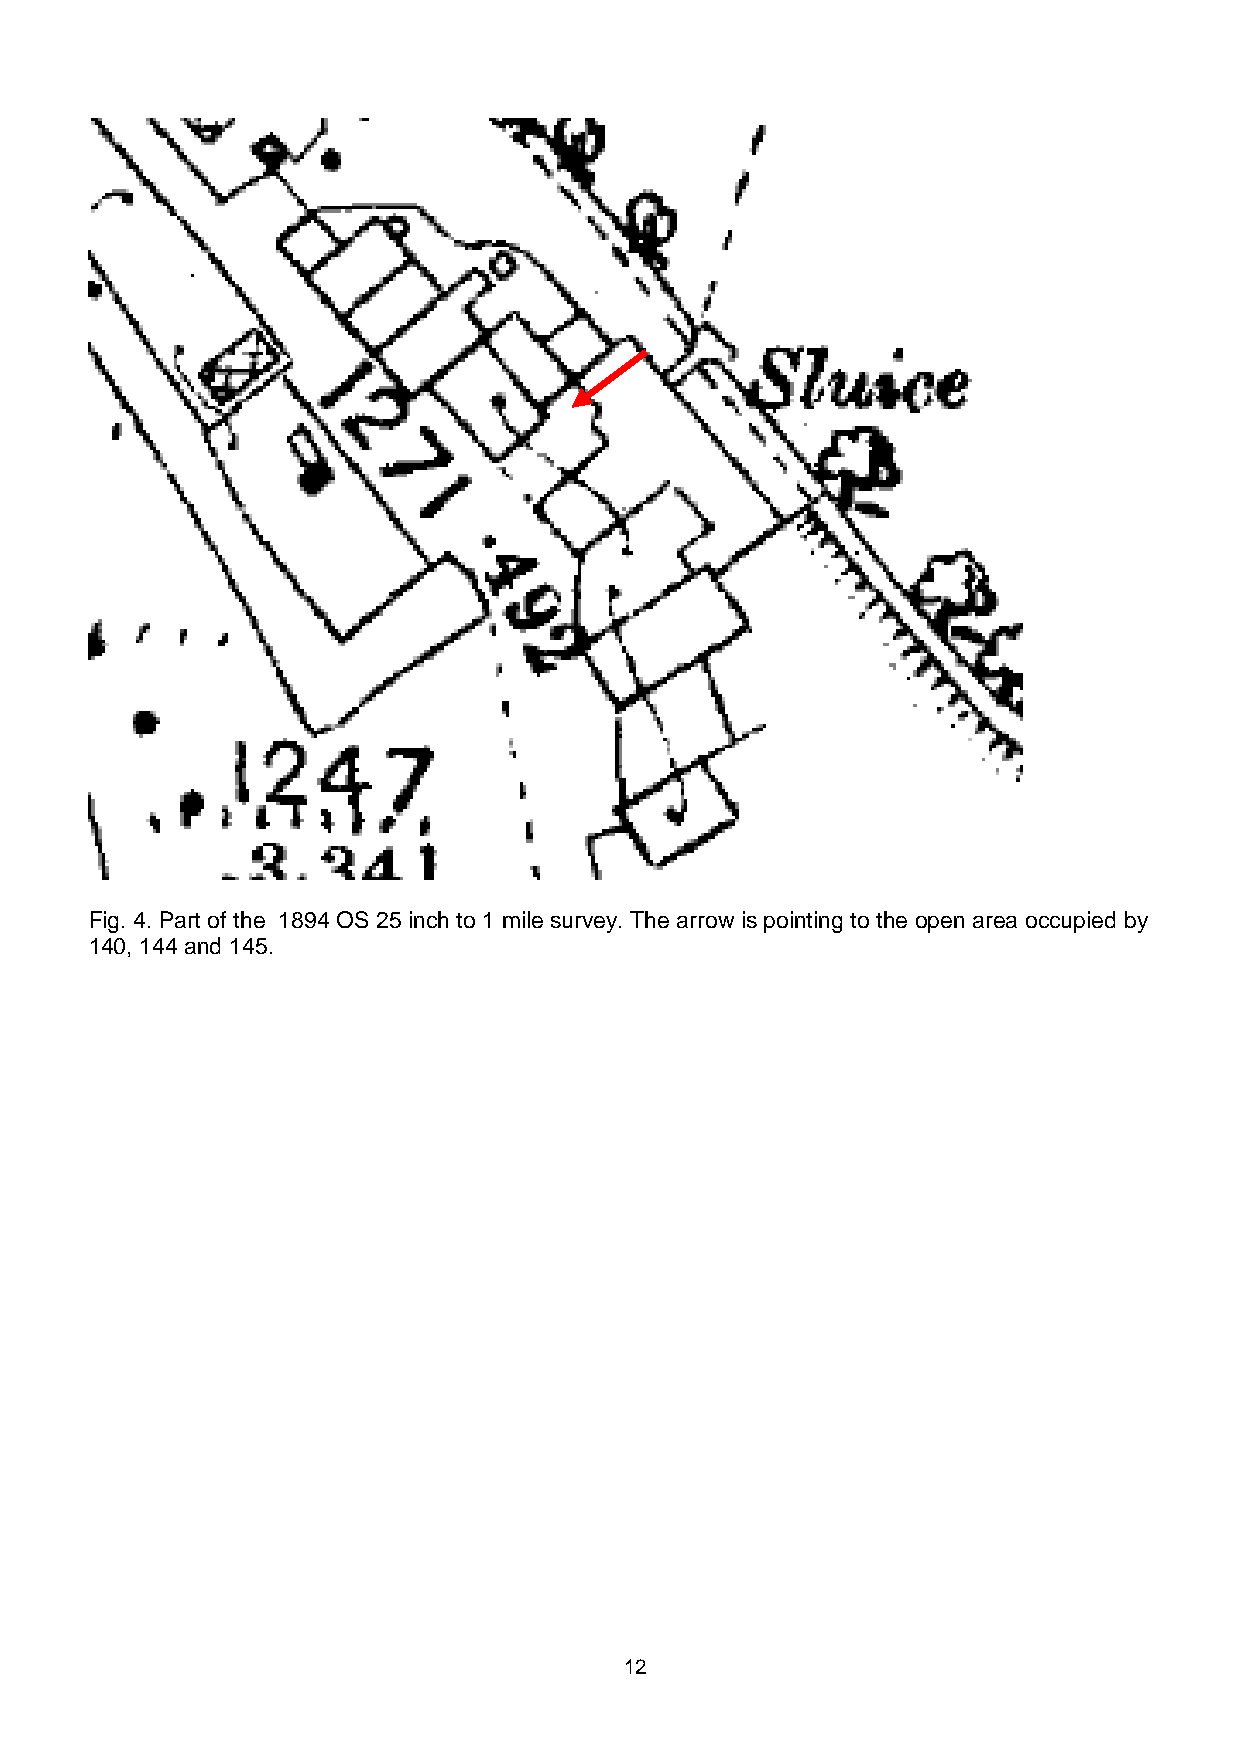
Fig. 4. Part of the 1894 OS 25 inch to 1 mile survey. The arrow is pointing to the open area occupied by
 140, 144 and 145.
 12